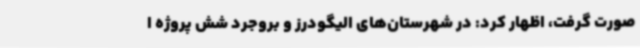
صورت گرفت، اظهار کرد: در شهرستان‌های الیگودرز و بروجرد شش پروژه ا